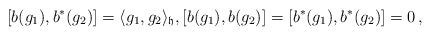
LaTeX: \begin{align*}[b(g_1),b^*(g_2)] = \langle g_1,g_2\rangle_{\mathfrak{h}}, [b(g_1),b(g_2)] = [b^*(g_1),b^*(g_2)] = 0\,,\end{align*}